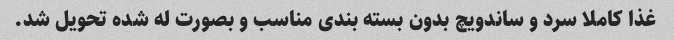
غذا کاملا سرد و ساندویچ بدون بسته بندی مناسب و بصورت له شده تحویل شد.